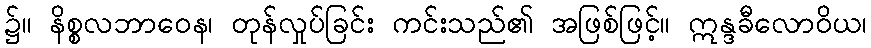
၌။ နိစ္စလဘာဝေန၊ တုန်လှုပ်ခြင်း ကင်းသည်၏ အဖြစ်ဖြင့်။ ဣန္ဒခီလောဝိယ၊